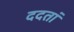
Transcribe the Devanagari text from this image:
ददतां